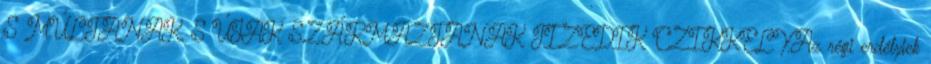
S MÚLTANAK, S ÚJAK SZÁRMAZTANAK TIZEDIK CZIKKELY.Az régi erdélyiek